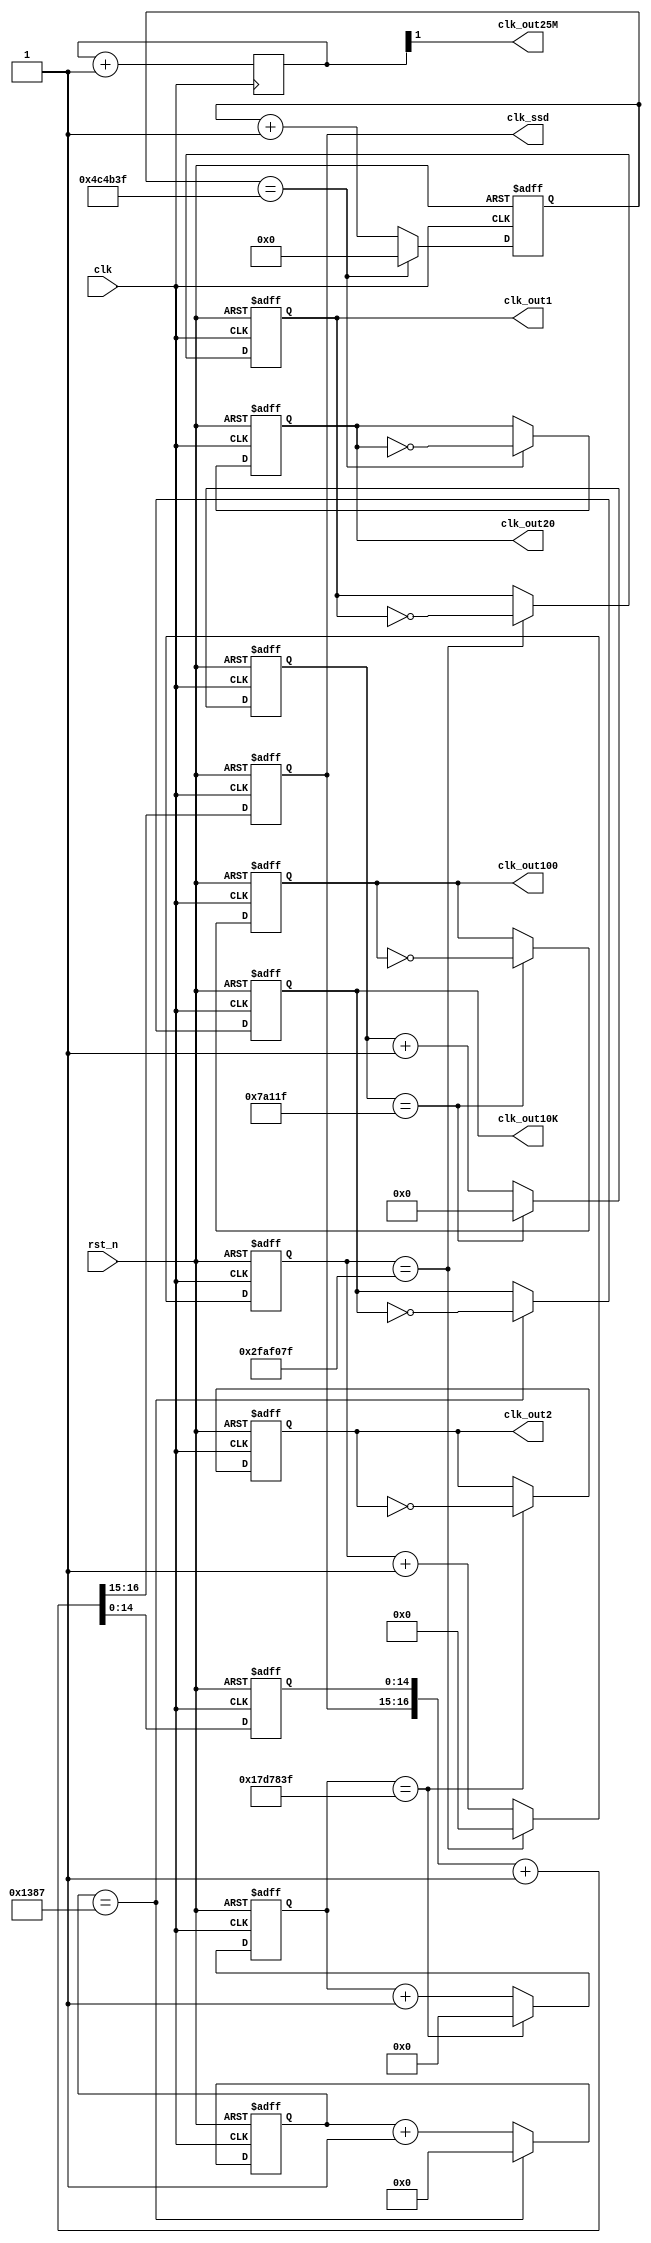
`timescale 1ns / 1ps
//////////////////////////////////////////////////////////////////////////////////
// Company: 
// Engineer: 
// 
// Design Name: 
// Module Name: clock_generator
// Project Name: 
// Target Devices: 
// Tool Versions: 
// Description: 
// 
// Dependencies: 
// 
// Revision:
// Revision 0.01 - File Created
// Additional Comments:
// 
//////////////////////////////////////////////////////////////////////////////////


`define FRQ1 26'd4999_9999
`define FRQ1BIT 26
`define FRQ2 25'd2499_9999
`define FRQ2BIT 25
`define FRQ20 23'd499_9999
`define FRQ20BIT 23
//`define FRQ10 23'd499_9999
//`define FRQ10BIT 23
`define FRQ100 19'd49_9999
`define FRQ100BIT 19
`define FRQ10K 13'd4999
`define FRQ10KBIT 13

module clock_generator(
    input rst_n, clk, 
    output reg clk_out1, 
    output reg clk_out2, 
    output reg clk_out20, 
    output reg clk_out100, 
    output reg clk_out10K,
    output clk_out25M, 
    output reg [1:0] clk_ssd
);
reg [`FRQ1BIT - 1:0] q1, q1_temp;
reg [`FRQ2BIT - 1:0] q2, q2_temp;
reg [`FRQ20BIT - 1:0] q20, q20_temp;
reg [`FRQ100BIT - 1:0] q100, q100_temp;
reg [`FRQ10KBIT - 1:0] q10K, q10K_temp;
reg f1_tem, f2_tem, f20_tem, f100_tem, f10K_tem;
reg [16:0] temp_count; // input node to flip flops
reg [14:0] count;
reg [1:0] num;
wire [1:0] next_num;

// Combination
always @* begin
    if (q1 == `FRQ1) begin
        q1_temp = `FRQ1BIT'd0;
        f1_tem = ~clk_out1;
    end
    else begin
        q1_temp = q1 + 1'b1;
        f1_tem = clk_out1;
    end
end
always @* begin
    if (q2 == `FRQ2) begin
        q2_temp = `FRQ2BIT'd0;
        f2_tem = ~clk_out2;
    end
    else begin
        q2_temp = q2 + 1'b1;
        f2_tem = clk_out2;
    end
end
always @* begin
    if (q20 == `FRQ20) begin
        q20_temp = `FRQ20BIT'd0;
        f20_tem = ~clk_out20;
    end
    else begin
        q20_temp = q20 + 1'b1;
        f20_tem = clk_out20;
    end
end
always @* begin
    if (q100 == `FRQ100) begin
        q100_temp = `FRQ100BIT'd0;
        f100_tem = ~clk_out100;
    end
    else begin
        q100_temp = q100 + 1'b1;
        f100_tem = clk_out100;
    end
end
always @* begin
    if (q10K == `FRQ10K) begin
        q10K_temp = `FRQ10KBIT'd0;
        f10K_tem = ~clk_out10K;
    end
    else begin
        q10K_temp = q10K + 1'b1;
        f10K_tem = clk_out10K;
    end
end

always @(count or clk_ssd)
    temp_count = {clk_ssd, count} + 1'b1;

// Sequential 
always @(posedge clk or negedge rst_n)
    if (~rst_n) q1 <= `FRQ1BIT'd0;
    else        q1 <= q1_temp;
always @(posedge clk or negedge rst_n)
    if (~rst_n) clk_out1 <= 1'b0;
    else        clk_out1 <= f1_tem;

always @(posedge clk or negedge rst_n)
    if (~rst_n) q2 <= `FRQ2BIT'd0;
    else        q2 <= q2_temp;
always @(posedge clk or negedge rst_n)
    if (~rst_n) clk_out2 <= 1'b0;
    else        clk_out2 <= f2_tem;

always @(posedge clk or negedge rst_n)
    if (~rst_n) q20 <= `FRQ20BIT'd0;
    else        q20 <= q20_temp;
always @(posedge clk or negedge rst_n)
    if (~rst_n) clk_out20 <= 1'b0;
    else        clk_out20 <= f20_tem;

always @(posedge clk or negedge rst_n)
    if (~rst_n) q100 <= `FRQ100BIT'd0;
    else        q100 <= q100_temp;
always @(posedge clk or negedge rst_n)
    if (~rst_n) clk_out100 <= 1'b0;
    else        clk_out100 <= f100_tem;

always @(posedge clk or negedge rst_n)
    if (~rst_n) q10K <= `FRQ10KBIT'd0;
    else        q10K <= q10K_temp;
always @(posedge clk or negedge rst_n)
    if (~rst_n) clk_out10K <= 1'b0;
    else        clk_out10K <= f10K_tem;

always @(posedge clk or negedge rst_n)
    if (~rst_n)
        {clk_ssd, count} <= 17'b0;
    else
        {clk_ssd, count} <= temp_count;
        
always @(posedge clk) begin
          num <= next_num;
        end
        
assign next_num = num + 1'b1;
assign clk_out25M = num[1];

endmodule